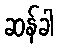
ဆန်ခါ